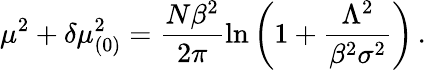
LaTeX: \mu^{2}+\delta\mu_{(0)}^{2}=\frac{N\beta^{2}}{2\pi}\ln\left(1+\frac{\Lambda^{2}}{\beta^{2}\sigma^{2}}\right)\, .